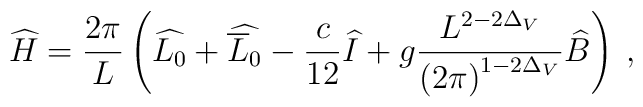
\widehat{H}=\frac{2\pi }{L}\left( \widehat{L_{0}}+\widehat{\overline{L}_{0}}-\frac{c}{12}\widehat{I}+g\frac{L^{2-2\Delta _{V}}}{\left( 2\pi \right) ^{1-2\Delta _{V}}}\widehat{B}\right) \: ,